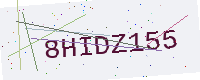
Text: 8HIDZ155